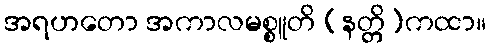
အရဟတော အကာလမစ္စူတိ (နတ္တိ)ကထာ။